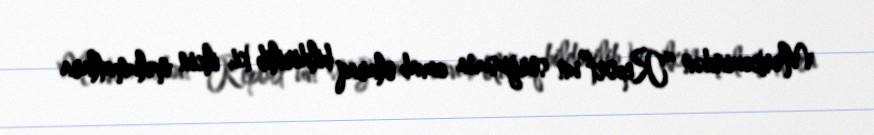
Mərkəzindən “Report”un sorğusuna cavab olaraq bildirilib ki, ilkin məlumatlara